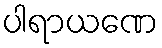
ပါရာယဏေ